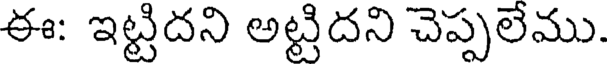
ఈ: ఇట్టిదని అట్టిదని చెప్పలేము.